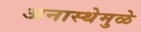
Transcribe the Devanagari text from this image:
अनास्थेमुळे